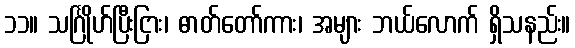
၁၁။ သင်္ဂြိုဟ်ပြီးငြား၊ ဓာတ်တော်ကား၊ အများ ဘယ်လောက် ရှိသနည်း။